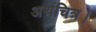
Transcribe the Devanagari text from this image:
अर्थचित्र।